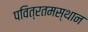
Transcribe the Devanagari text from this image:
पवित्रतमस्थान